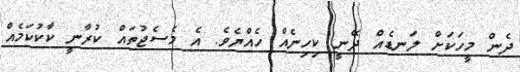
ދެން މީހަކަށް ލަނޑެއް ދޭނީ ކިހިނެއް ހެއްޔެވެ. އެ މެސެޖުތައް ކުރާނީ ކާކުކަމެއް